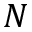
N